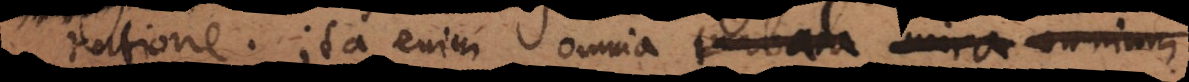
ratione. Ita enim omnia turbata mira omnium